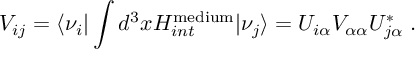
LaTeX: V _ { i j } = { \langle \nu _ { i } | } \int d ^ { 3 } x { H _ { i n t } ^ { \mathrm { m e d i u m } } } { | \nu _ { j } \rangle } = U _ { i \alpha } V _ { \alpha \alpha } U _ { j \alpha } ^ { * } \; .